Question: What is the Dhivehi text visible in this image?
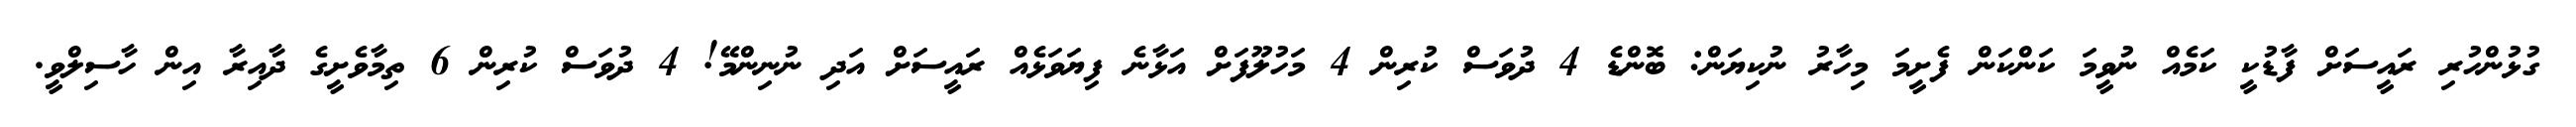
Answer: ގުޅުންހުރި ރައީސަށް ފާޑުކީ ކަމެއް ނުވީމަ ކަންކަން ފެށީމަ މިހާރު ނުކިޔަން: ބޮންޑެ 4 ދުވަސް ކުރިން 4 މަހުލޫފަށް އަޅާނެ ފިޔަވަޅެއް ރައީސަށް އަދި ނުނިންމޭ! 4 ދުވަސް ކުރިން 6 ތިމާވެށީގެ ދާއިރާ އިން ހާސިލްވީ.